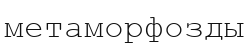
метаморфозды